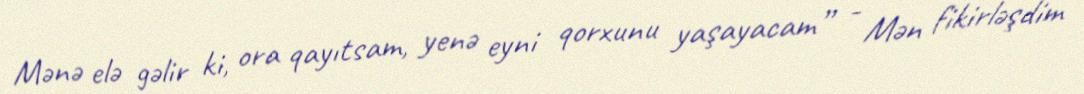
Mənə elə gəlir ki, ora qayıtsam, yenə eyni qorxunu yaşayacam” - Mən fikirləşdim